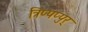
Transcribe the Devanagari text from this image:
त्रिप्पप्पुर्